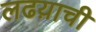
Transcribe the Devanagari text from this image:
लढय़ाची